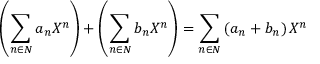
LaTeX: \left( \sum _ { n \in N } a _ { n } X ^ { n } \right) + \left( \sum _ { n \in N } b _ { n } X ^ { n } \right) = \sum _ { n \in N } \left( a _ { n } + b _ { n } \right) X ^ { n }